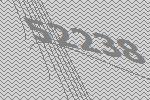
52238